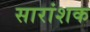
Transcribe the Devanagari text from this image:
सारांशक